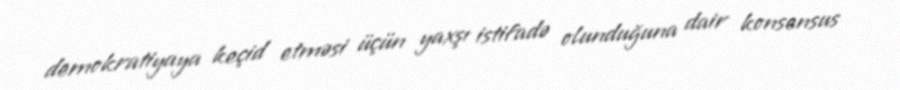
demokratiyaya keçid etməsi üçün yaxşı istifadə olunduğuna dair konsensus